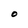
Character: O